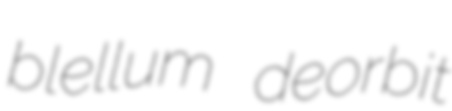
blellum deorbit